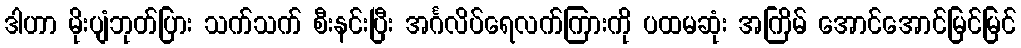
ဒါဟာ မိုးပျံဘုတ်ပြား သက်သက် စီးနင်းပြီး အင်္ဂလိပ်ရေလက်ကြားကို ပထမဆုံး အကြိမ် အောင်အောင်မြင်မြင်